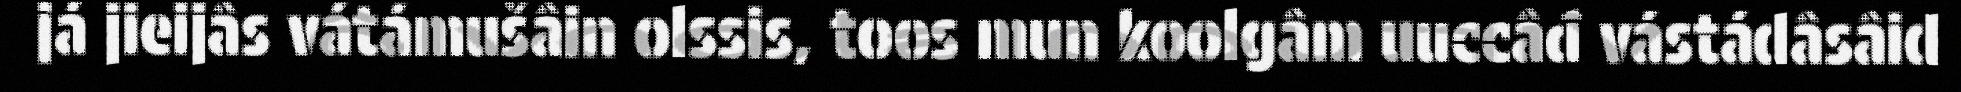
já jieijâs vátámušâin olssis, toos mun koolgâm uuccâđ vástádâsâid